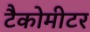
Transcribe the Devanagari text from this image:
टैकोमीटर